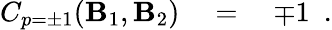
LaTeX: C_{p=\pm1}(\mathbf{B}_{1},\mathbf{B}_{2})\quad=\quad\mp1\ \ .